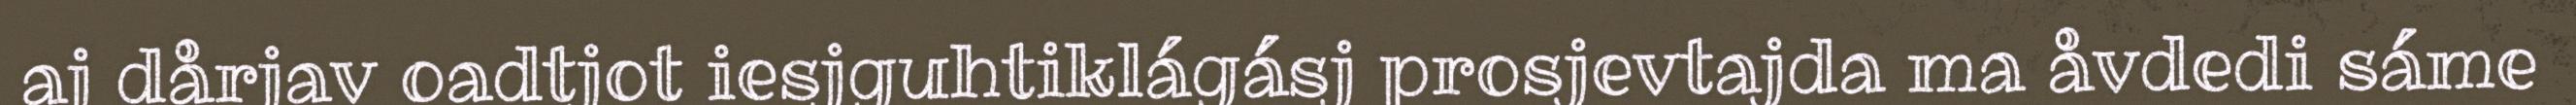
aj dårjav oadtjot iesjguhtiklágásj prosjevtajda ma åvdedi sáme